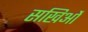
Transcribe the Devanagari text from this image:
सखिओं